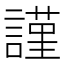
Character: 謹